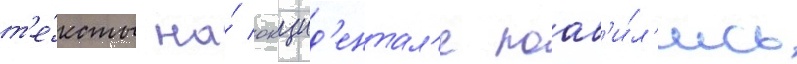
т'е́ксты на́ окцид'ентал'е поав'и́л'ись